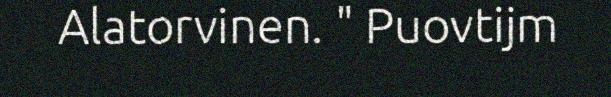
Alatorvinen. " Puovtijm